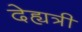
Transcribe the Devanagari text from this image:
देह्यत्री